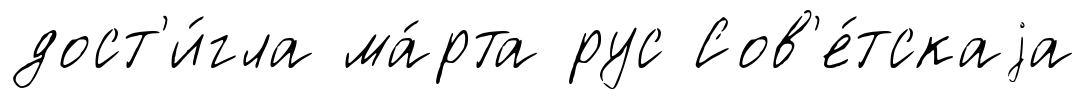
дост'и́гла ма́рта рус Сов'е́тскаjа